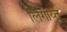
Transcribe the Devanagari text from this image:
लिंगाय्त्